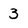
Character: 3